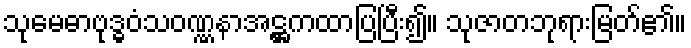
သုမေဓာဗုဒ္ဓဝံသဝဏ္ဏနာအဋ္ဌကထာပြပြီး၍။ သုဇာတဘုရားမြတ်၏။